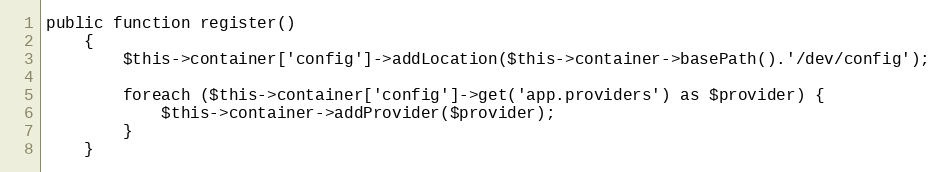
Language: PHP
public function register()
    {
        $this->container['config']->addLocation($this->container->basePath().'/dev/config');

        foreach ($this->container['config']->get('app.providers') as $provider) {
            $this->container->addProvider($provider);
        }
    }